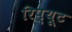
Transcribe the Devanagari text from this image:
रिप्यूट